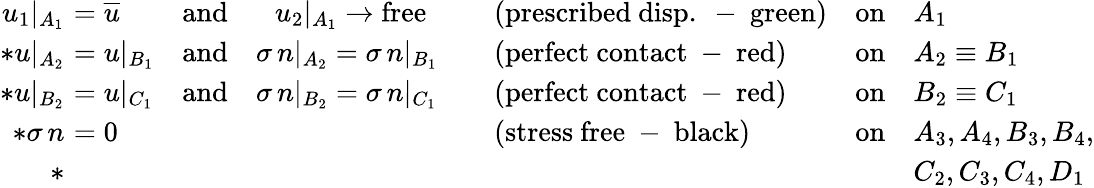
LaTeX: \begin{array}{r}{\begin{array}{rlllll}{u_{1}\vert_{A_{1}}}&{\! \! \! \! =\overline{{u}}}&{\mathrm{and}\quad\, \, \, \, u_{2}\vert_{A_{1}}\to\mathrm{free}}&{\quad(\mathrm{prescribed~disp.~-~green})}&{\mathrm{on}}&{A_{1}}\\ {*u\vert_{A_{2}}}&{\! \! \! \! =u\vert_{B_{1}}}&{\mathrm{and}\quad\sigma\, n\vert_{A_{2}}=\sigma\, n\vert_{B_{1}}}&{\quad(\mathrm{perfect~contact~-~red})}&{\mathrm{on}}&{A_{2}\equiv B_{1}}\\ {*u\vert_{B_{2}}}&{\! \! \! \! =u\vert_{C_{1}}}&{\mathrm{and}\quad\sigma\, n\vert_{B_{2}}=\sigma\, n\vert_{C_{1}}}&{\quad(\mathrm{perfect~contact~-~red})}&{\mathrm{on}}&{B_{2}\equiv C_{1}}\\ {*\sigma\, n}&{\! \! \! \! =0}&&{\quad(\mathrm{stress~free~-~black})}&{\mathrm{on}}&{A_{3},A_{4},B_{3},B_{4},}\\ {*}&&&&&{C_{2},C_{3},C_{4},D_{1}}\end{array}}\end{array}